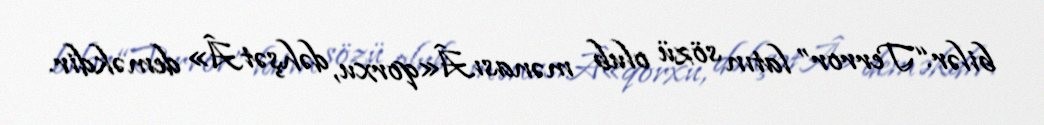
bilər.“Terror” latın sözü olub mənasıÂ«qorxu, dəhşətÂ» deməkdir.